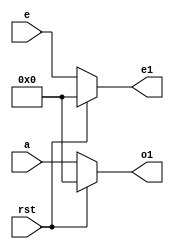
`timescale 1ns / 1ps
//////////////////////////////////////////////////////////////////////////////////
// Company: 
// Engineer: 
// 
// Design Name: 
// Module Name:    dct4 
// Project Name: 
// Target Devices: 
// Tool versions: 
// Description: 
//
// Dependencies: 
//
// Revision: 
// Revision 0.01 - File Created
// Additional Comments: 
//
//////////////////////////////////////////////////////////////////////////////////
module dct4(
input [7:0] a,e, 
input rst,
output reg [7:0] o1, output reg [7:0] e1 
);
always@(a,e,rst)
begin
  if(rst)
  begin 
   o1<=0;
	e1<=0;
	end
else 
  begin
   o1<=a;
   e1<=e;
end
end
endmodule